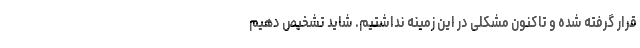
قرار گرفته شده و تاکنون مشکلی در این زمینه نداشتیم. شاید تشخیص دهیم